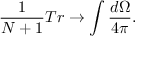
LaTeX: \frac { 1 } { N + 1 } T r \rightarrow \int \frac { d \Omega } { 4 \pi } .